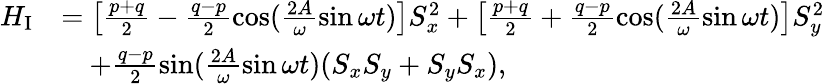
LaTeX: \begin{array}{rl}{H_{\mathrm{I}}}&{=\left[\frac{p+q}{2}-\frac{q-p}{2}\cos(\frac{2A}{\omega}\sin\omega t)\right]S_{x}^{2}+\left[\frac{p+q}{2}+\frac{q-p}{2}\cos(\frac{2A}{\omega}\sin\omega t)\right]S_{y}^{2}}\\ &{\quad+\frac{q-p}{2}\sin(\frac{2A}{\omega}\sin\omega t)(S_{x}S_{y}+S_{y}S_{x}),}\end{array}